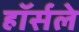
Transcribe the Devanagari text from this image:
हॉर्सले